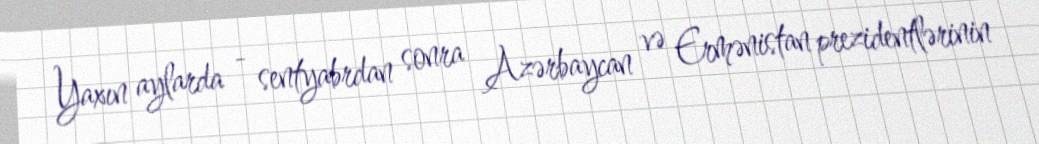
Yaxın aylarda - sentyabrdan sonra Azərbaycan və Ermənistan prezidentlərinin